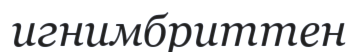
игнимбриттен